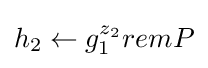
h_{2}\leftarrow g_{1}^{z_{2}}remP